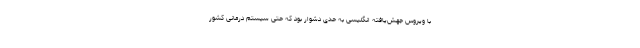
با ویروس جهش‌یافته انگلیسی به حدی دشوار بود که حتی سیستم درمانی کشور